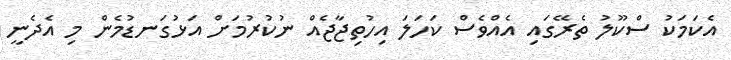
އެކަމަކު ސްކޫލު ތެރޭގައި އެއްވެސް ކަހަލަ އިހުތިޖާޖެއް ނުކުރުމަށް އަޅުގަނޑުމެން މި އެދެނީ